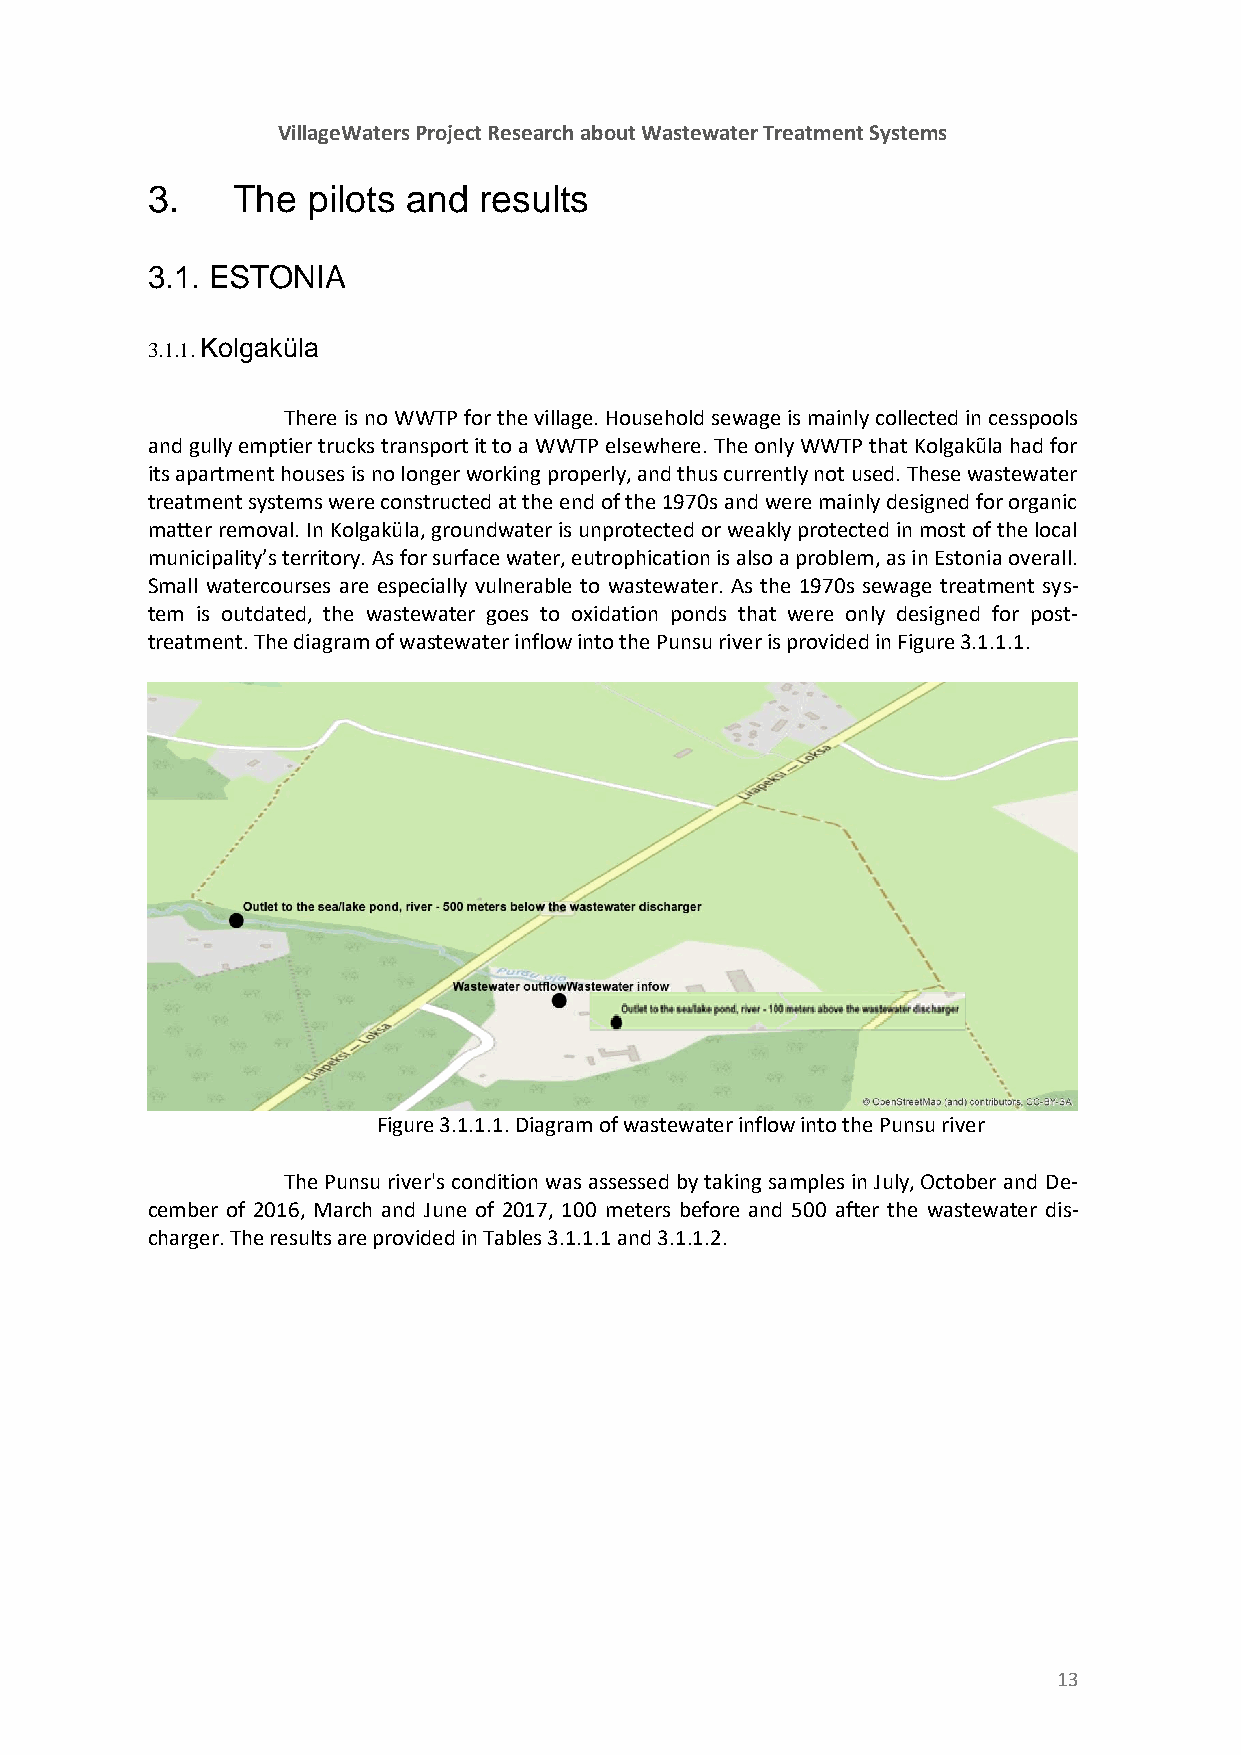
VillageWaters Project Research about Wastewater Treatment Systems
 3.   The  pilots and  results
 3.1. ESTONIA
 3.1.1. Kolgaküla
 There is no WWTP for the village. Household sewage is mainly collected in cesspools
 and gully emptier trucks transport it to a WWTP elsewhere. The only WWTP that Kolgakũla had for
 its apartment houses is no longer working properly, and thus currently not used. These wastewater
 treatment systems were constructed at the end of the 1970s and were mainly designed for organic
 matter removal. In Kolgaküla, groundwater is unprotected or weakly protected in most of the local
 municipality’s territory. As for surface water, eutrophication is also a problem, as in Estonia overall.
 Small watercourses are especially vulnerable to wastewater. As the 1970s sewage treatment sys-
 tem is outdated, the wastewater goes to oxidation ponds that were only designed for post-
 treatment. The diagram of wastewater inflow into the Punsu river is provided in Figure 3.1.1.1.
 Figure 3.1.1.1. Diagram of wastewater inflow into the Punsu river
 The Punsu river's condition was assessed by taking samples in July, October and De-
 cember of 2016, March and June of 2017, 100 meters before and 500 after the wastewater dis-
 charger. The results are provided in Tables 3.1.1.1 and 3.1.1.2.
 13